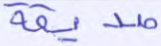
صديقة